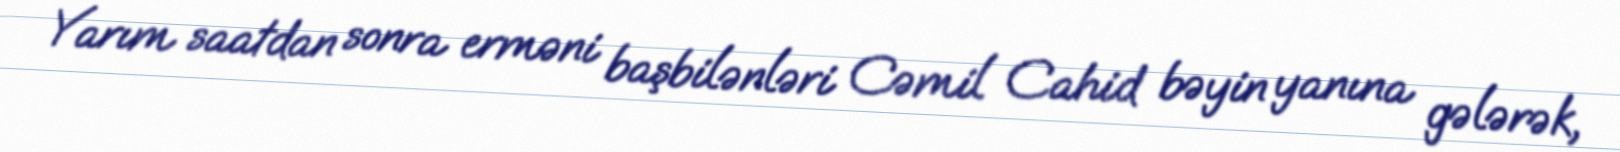
Yarım saatdan sonra erməni başbilənləri Cəmil Cahid bəyin yanına gələrək,